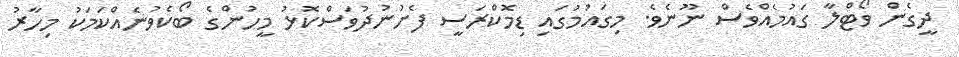
ދީގެން ވޯޓްލާ ގައުމެއްވެސް ނޫނެވެ. މިގައުމުގައި ޑިމޮކްރަސީ ފެށުނުދުވަސްކޮޅު މީހުންގެ ބޯކެވުނެއްކަމަކު މިހާރު